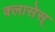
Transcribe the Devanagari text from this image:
क्लासेस्